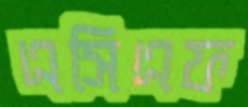
এসিএফ